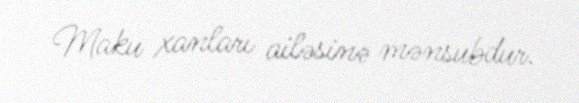
Maku xanları ailəsinə mənsubdur.